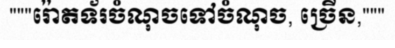
"""រ៉ោតទ័រចំណុចទៅចំណុច, ច្រើន,"""